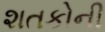
શતકોની